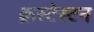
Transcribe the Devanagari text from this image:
क्रस्टेस्टन